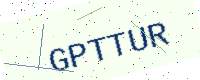
Text: GPTTUR